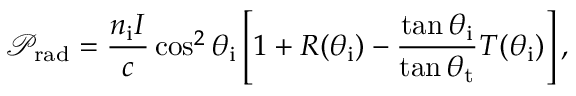
\mathcal { P } _ { \mathrm { r a d } } = \frac { n _ { \mathrm { i } } I } { c } \cos ^ { 2 } \theta _ { \mathrm { i } } \left[ 1 + R ( \theta _ { \mathrm { i } } ) - \frac { \tan \theta _ { \mathrm { i } } } { \tan \theta _ { \mathrm { t } } } T ( \theta _ { \mathrm { i } } ) \right] ,